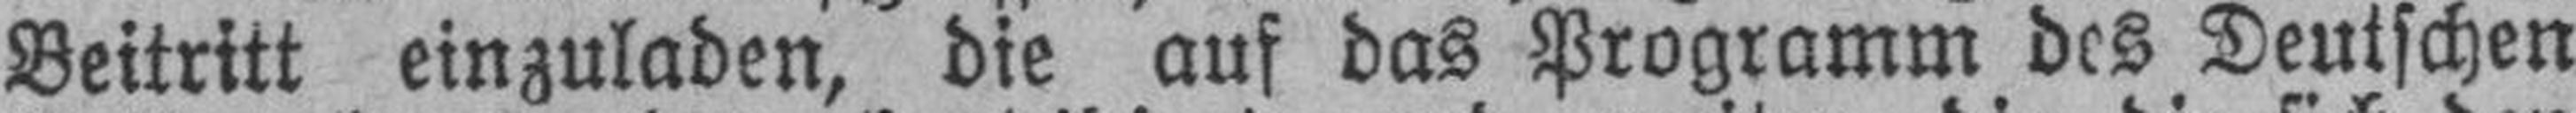
Beitritt einzuladen, die auf das Programm des Deutschen